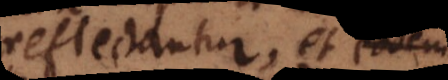
reflectantur, et eodem